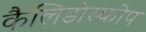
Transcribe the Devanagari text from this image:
कैलिडोस्कोप